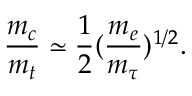
\frac { m _ { c } } { m _ { t } } \simeq \frac { 1 } { 2 } ( \frac { m _ { e } } { m _ { \tau } } ) ^ { 1 / 2 } .